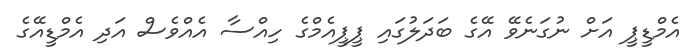
އެމްޑީޕީ އަށް ނުގަނެވޭ އޭގެ ބަދަލުގައި ޕީޕީއެމްގެ ހިއްސާ އެއްވެސް އަދި އެމްޑީއޭގެ